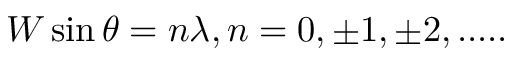
W \sin \theta = n \lambda , n = 0 , \pm 1 , \pm 2 , . . . . .